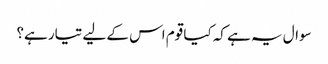
سوال یہ ہے کہ کیا قوم اس کے لیے تیار ہے؟